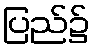
ပြည်၌